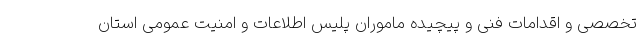
تخصصی و اقدامات فنی و پیچیده ماموران پلیس اطلاعات و امنیت عمومی استان